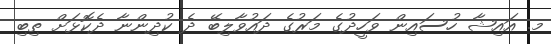
މ. އައިޝާ ހުސައިން ވަހީދުގެ މަރުގެ ދައުވާލިބޭ ދެ ކުދިންނާ ދެކޮޅަށް ތިބި